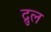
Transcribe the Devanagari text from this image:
द्रुल